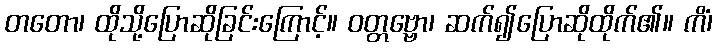
တတော၊ ထိုသို့ပြောဆိုခြင်းကြောင့်။ ဝတ္တဗ္ဗော၊ ဆက်၍ပြောဆိုထိုက်၏။ ကိံ၊